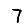
Digit: 7